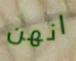
انهن